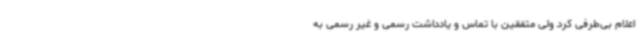
اعلام بی‌طرفی کرد ولی متفقین با تماس و یادداشت رسمی و غیر رسمی به